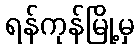
ရန်ကုန်မြို့မှ